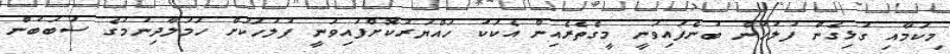
މިކަމާއި ގުޅިގެން ފުލުހުން ބުނެފައިވަނީ މީގެތެރެއިން އެކަކު ހައްޔަރުކޮށްފައިވަނީ ފުލުހަކަށް ހަމަލާދިނުމުގެ ސަބަބުން